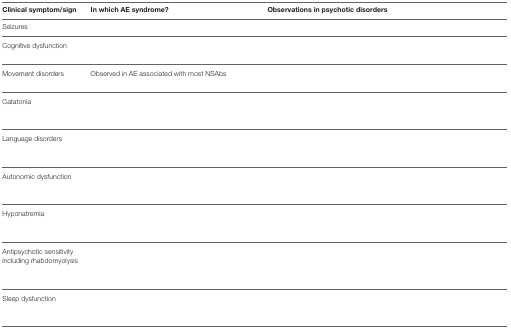
<table><thead><tr><td><b>Clinical symptom/sign</b></td><td><b>In which AE syndrome?</b></td><td><b>Observations in psychotic disorders</b></td></tr></thead><tbody><tr><td>Seizures</td><td>[EMPTY_CELL]</td><td>[EMPTY_CELL]</td></tr><tr><td>Cognitive dysfunction</td><td>[EMPTY_CELL]</td><td>[EMPTY_CELL]</td></tr><tr><td>Movement disorders</td><td>Observed in AE associated with most NSAbs</td><td>[EMPTY_CELL]</td></tr><tr><td>Catatonia</td><td>[EMPTY_CELL]</td><td>[EMPTY_CELL]</td></tr><tr><td>Language disorders</td><td>[EMPTY_CELL]</td><td>[EMPTY_CELL]</td></tr><tr><td>Autonomic dysfunction</td><td>[EMPTY_CELL]</td><td>[EMPTY_CELL]</td></tr><tr><td>Hyponatremia</td><td>[EMPTY_CELL]</td><td>[EMPTY_CELL]</td></tr><tr><td>Antipsychotic sensitivity including rhabdomyolysis</td><td>[EMPTY_CELL]</td><td>[EMPTY_CELL]</td></tr><tr><td>Sleep dysfunction</td><td>[EMPTY_CELL]</td><td>[EMPTY_CELL]</td></tr></tbody></table>